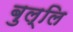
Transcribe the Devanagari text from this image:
बुल्लि